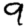
Digit: 9